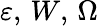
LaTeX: \varepsilon,\, W,\, \Omega